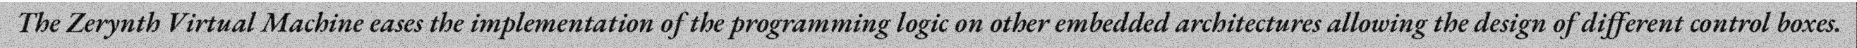
The Zerynth Virtual Machine eases the implementation of the programming logic on other embedded architectures allowing the design of different control boxes.